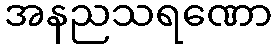
အနညသရဏော